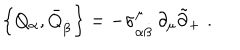
\left\{ Q _ { \alpha } , \bar { Q } _ { \dot { \beta } } \right\} = - \sigma _ { \alpha \dot { \beta } } ^ { \mu } \, \partial _ { \mu } \tilde { \partial } _ { + } \, \, .